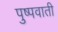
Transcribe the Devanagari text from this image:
पुष्पवाती